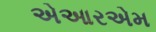
એઆરએમ